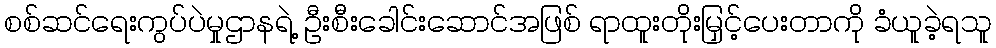
စစ်ဆင်ရေးကွပ်ပဲမှုဌာနရဲ့ ဦးစီးခေါင်းဆောင်အဖြစ် ရာထူးတိုးမြှင့်ပေးတာကို ခံယူခဲ့ရသူ